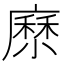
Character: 𡮰